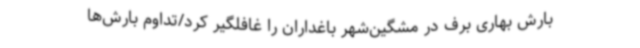
بارش بهاری برف در مشگین‌شهر باغداران را غافلگیر کرد/تداوم بارش‌ها